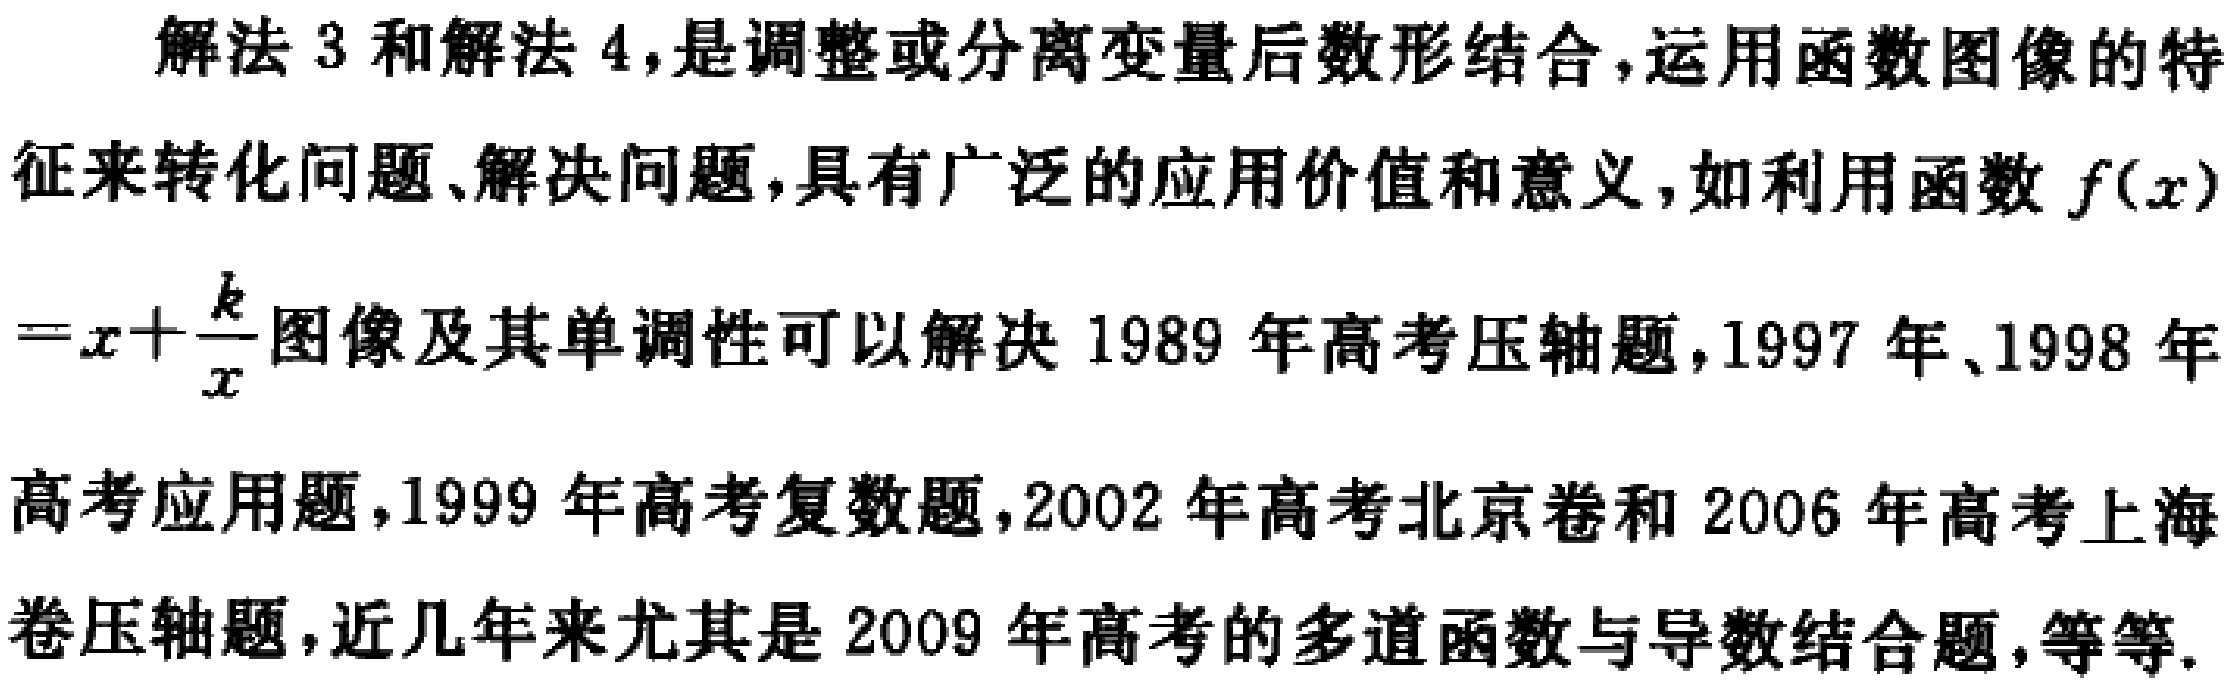
解法 3 和解法 4,是调整或分离变量后数形结合,运用函数图像的特

征来转化问题、解决问题,具有广泛的应用价值和意义,如利用函数 \(f(x)\)

\(=x+\frac{k}{x}\)图像及其单调性可以解决 1989 年高考压轴题,1997 年、1998 年

高考应用题,1999 年高考复数题,2002 年高考北京卷和 2006 年高考上海

卷压轴题,近几年来尤其是 2009 年高考的多道函数与导数结合题,等等.